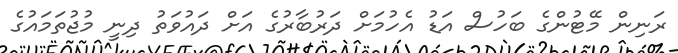
ރަނިން މޭޓުންގެ ބަހުސް އަޑު އެހުމަށް ދަރުބާރުގެ އަށް ދައުވަތު ދިނީ މުޖުތަމައުގެ